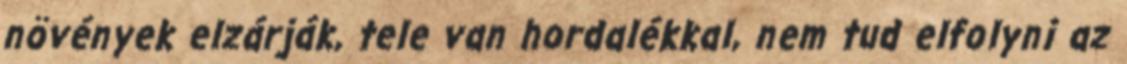
növények elzárják, tele van hordalékkal, nem tud elfolyni az